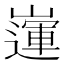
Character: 𡽅